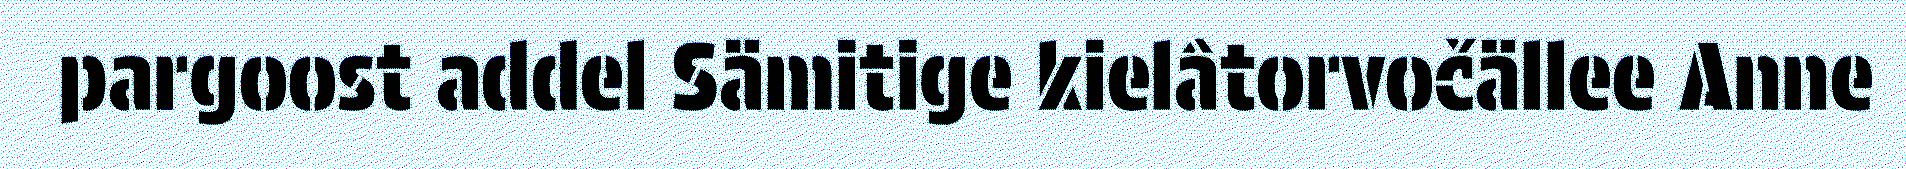
pargoost addel Sämitige kielâtorvočällee Anne